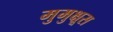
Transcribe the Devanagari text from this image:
मुमुक्षूस